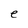
Character: e